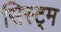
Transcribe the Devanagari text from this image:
सिस्ट्म